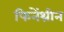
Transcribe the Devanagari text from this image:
फिनेंथ्रीन